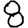
Digit: 8